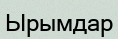
Ырымдар